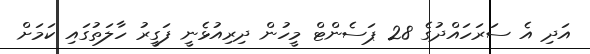
އަދި އެ ސަރަހައްދުގެ 28 ޕަސެންޓް މީހުން ދިރިއުޅެނީ ފަގީރު ހާލަތުގައި ކަމަށް